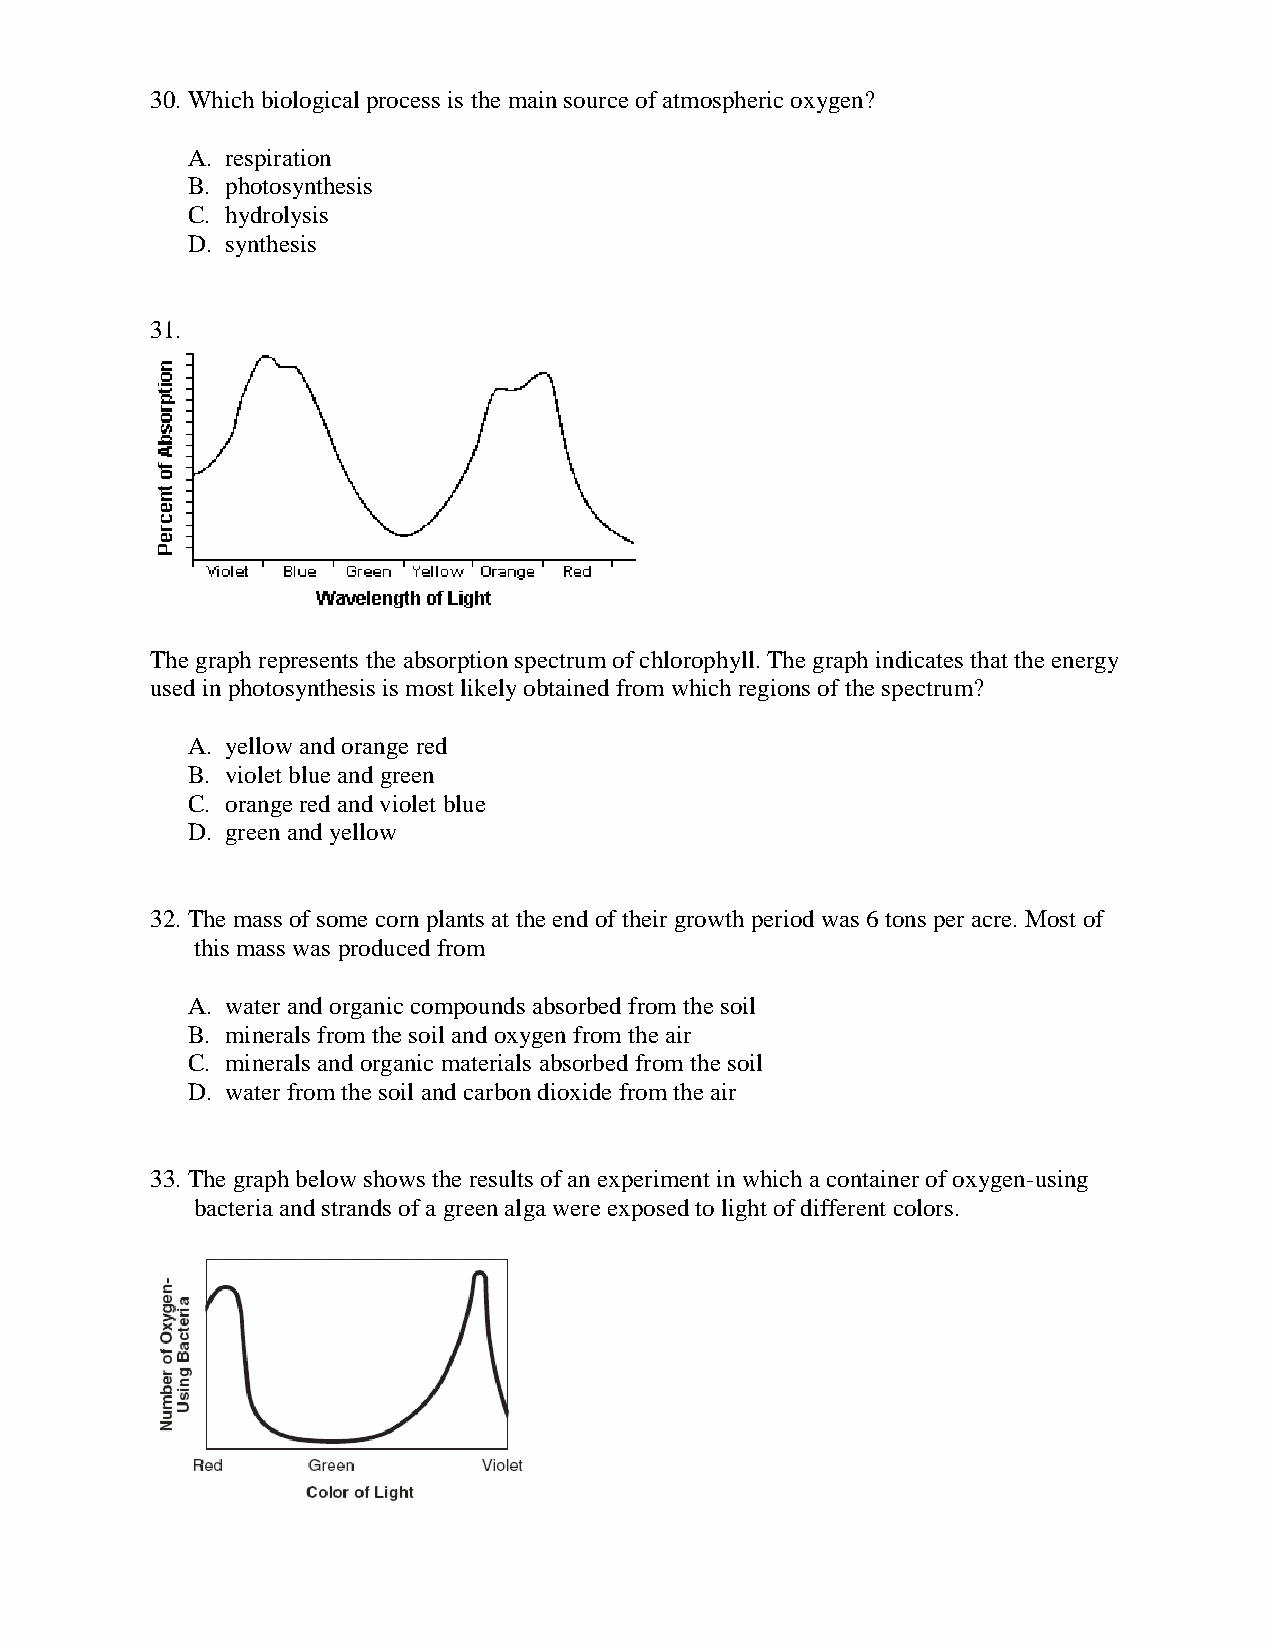
30. Which biological process is the main source of atmospheric oxygen?
 A. respiration
 B. photosynthesis
 C. hydrolysis
 D. synthesis
 31.
 The graph represents the absorption spectrum of chlorophyll. The graph indicates that the energy
 used in photosynthesis is most likely obtained from which regions of the spectrum?
 A. yellow and orange red
 B. violet blue and green
 C. orange red and violet blue
 D. green and yellow
 32. The mass of some corn plants at the end of their growth period was 6 tons per acre. Most of
 this mass was produced from
 A. water and organic compounds absorbed from the soil
 B. minerals from the soil and oxygen from the air
 C. minerals and organic materials absorbed from the soil
 D. water from the soil and carbon dioxide from the air
 33. The graph below shows the results of an experiment in which a container of oxygen-using
 bacteria and strands of a green alga were exposed to light of different colors.